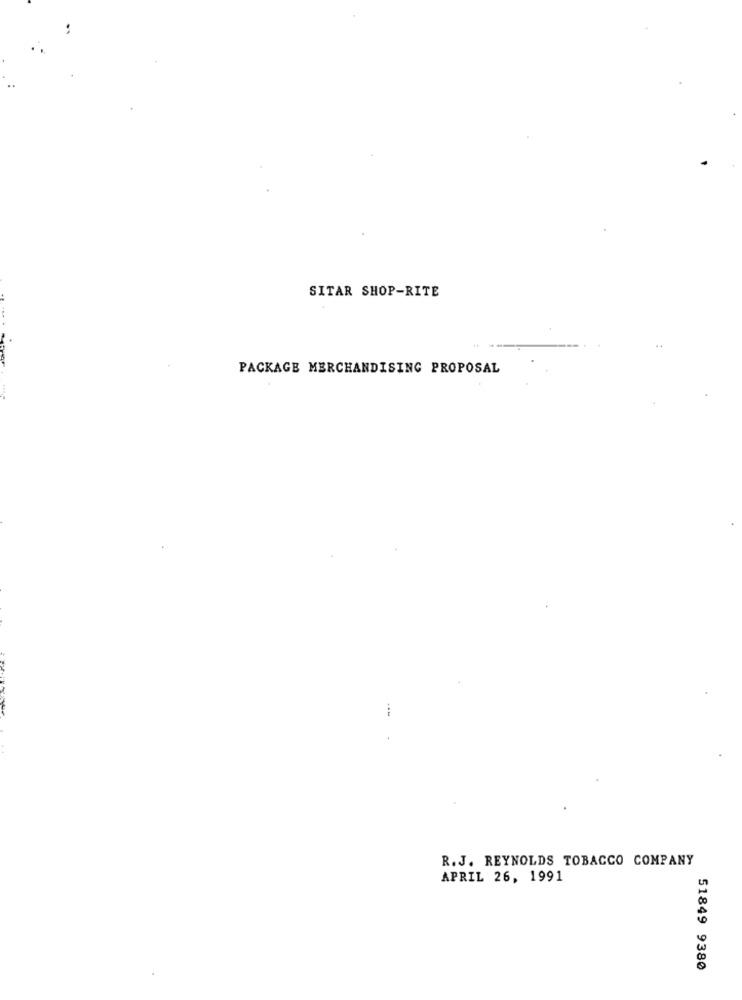
SITAR SHOP-RITE
... .
PACKAGE MERCHANDISING PROPOSAL
R.J. REYNOLDS TOBACCO COMPANY
APRIL 26, 1991
51849 9380